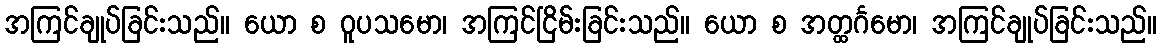
အကြင်ချုပ်ခြင်းသည်။ ယော စ ဝူပသမော၊ အကြင်ငြိမ်းခြင်းသည်။ ယော စ အတ္ထင်္ဂမော၊ အကြင်ချုပ်ခြင်းသည်။